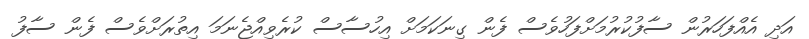
އަދި އެއްފަހަރުން ސާފުކުރުމަށްފަހުވެސް ފެން ގިނަކަމަށް އިހުސާސް ކުރެވިއްޖެނަމަ އިތުރަށްވެސް ފެން ސާފު